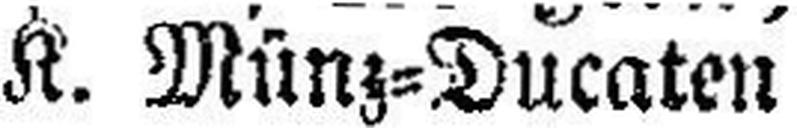
K. Münz=Ducaten